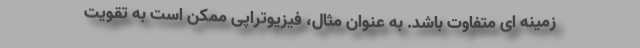
زمینه ای متفاوت باشد. به عنوان مثال، فیزیوتراپی ممکن است به تقویت